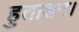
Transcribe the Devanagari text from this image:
हुताशन।